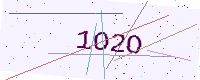
Text: 1O2O